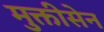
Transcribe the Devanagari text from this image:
मुक्तीसेन